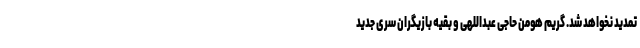
تمدید نخواهد شد. گریم هومن حاجی عبداللهی و بقیه بازیگران سری جدید